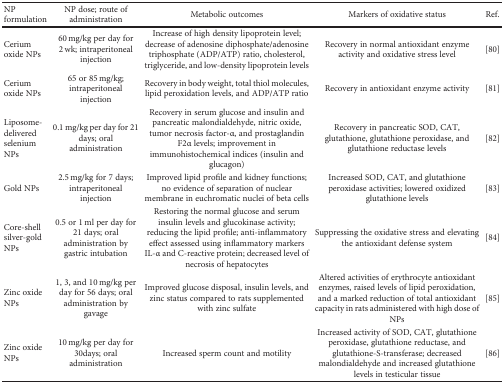
<table><thead><tr><td><b>NP formulation</b></td><td><b>NP dose; route of administration</b></td><td><b>Metabolic outcomes</b></td><td><b>Markers of oxidative status</b></td><td><b>Ref.</b></td></tr></thead><tbody><tr><td>Cerium oxide NPs</td><td>60 mg/kg per day for 2 wk; intraperitoneal injection</td><td>Increase of high density lipoprotein level; decrease of adenosine diphosphate/adenosine triphosphate (ADP/ATP) ratio, cholesterol, triglyceride, and low-density lipoprotein levels</td><td>Recovery in normal antioxidant enzyme activity and oxidative stress level</td><td>[80]</td></tr><tr><td>Cerium oxide NPs</td><td>65 or 85 mg/kg; intraperitoneal injection</td><td>Recovery in body weight, total thiol molecules, lipid peroxidation levels, and ADP/ATP ratio</td><td>Recovery in antioxidant enzyme activity</td><td>[81]</td></tr><tr><td>Liposome-delivered selenium NPs</td><td>0.1 mg/kg per day for 21 days; oral administration</td><td>Recovery in serum glucose and insulin and pancreatic malondialdehyde, nitric oxide, tumor necrosis factor-α, and prostaglandin F2α levels; improvement in immunohistochemical indices (insulin and glucagon)</td><td>Recovery in pancreatic SOD, CAT, glutathione, glutathione peroxidase, and glutathione reductase levels</td><td>[82]</td></tr><tr><td>Gold NPs</td><td>2.5 mg/kg for 7 days; intraperitoneal injection</td><td>Improved lipid profile and kidney functions; no evidence of separation of nuclear membrane in euchromatic nuclei of beta cells</td><td>Increased SOD, CAT, and glutathione peroxidase activities; lowered oxidized glutathione levels</td><td>[83]</td></tr><tr><td>Core-shell silver-gold NPs</td><td>0.5 or 1 ml per day for 21 days; oral administration by gastric intubation</td><td>Restoring the normal glucose and serum insulin levels and glucokinase activity; reducing the lipid profile; anti-inflammatory effect assessed using inflammatory markers IL-α and C-reactive protein; decreased level of necrosis of hepatocytes</td><td>Suppressing the oxidative stress and elevating the antioxidant defense system</td><td>[84]</td></tr><tr><td>Zinc oxide NPs</td><td>1, 3, and 10 mg/kg per day for 56 days; oral administration by gavage</td><td>Improved glucose disposal, insulin levels, and zinc status compared to rats supplemented with zinc sulfate</td><td>Altered activities of erythrocyte antioxidant enzymes, raised levels of lipid peroxidation, and a marked reduction of total antioxidant capacity in rats administered with high dose of NPs</td><td>[85]</td></tr><tr><td>Zinc oxide NPs</td><td>10 mg/kg per day for 30days; oral administration</td><td>Increased sperm count and motility</td><td>Increased activity of SOD, CAT, glutathione peroxidase, glutathione reductase, and glutathione-S-transferase; decreased malondialdehyde and increased glutathione levels in testicular tissue</td><td>[86]</td></tr></tbody></table>